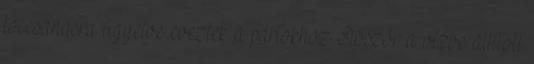
loccsanásra ügyelve eveztek a partokhoz. Először a vízbe állított